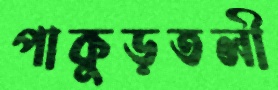
পাকুড়তলী